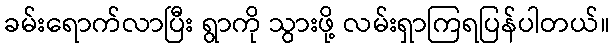
ခမ်းရောက်လာပြီး ရွာကို သွားဖို့ လမ်းရှာကြရပြန်ပါတယ်။